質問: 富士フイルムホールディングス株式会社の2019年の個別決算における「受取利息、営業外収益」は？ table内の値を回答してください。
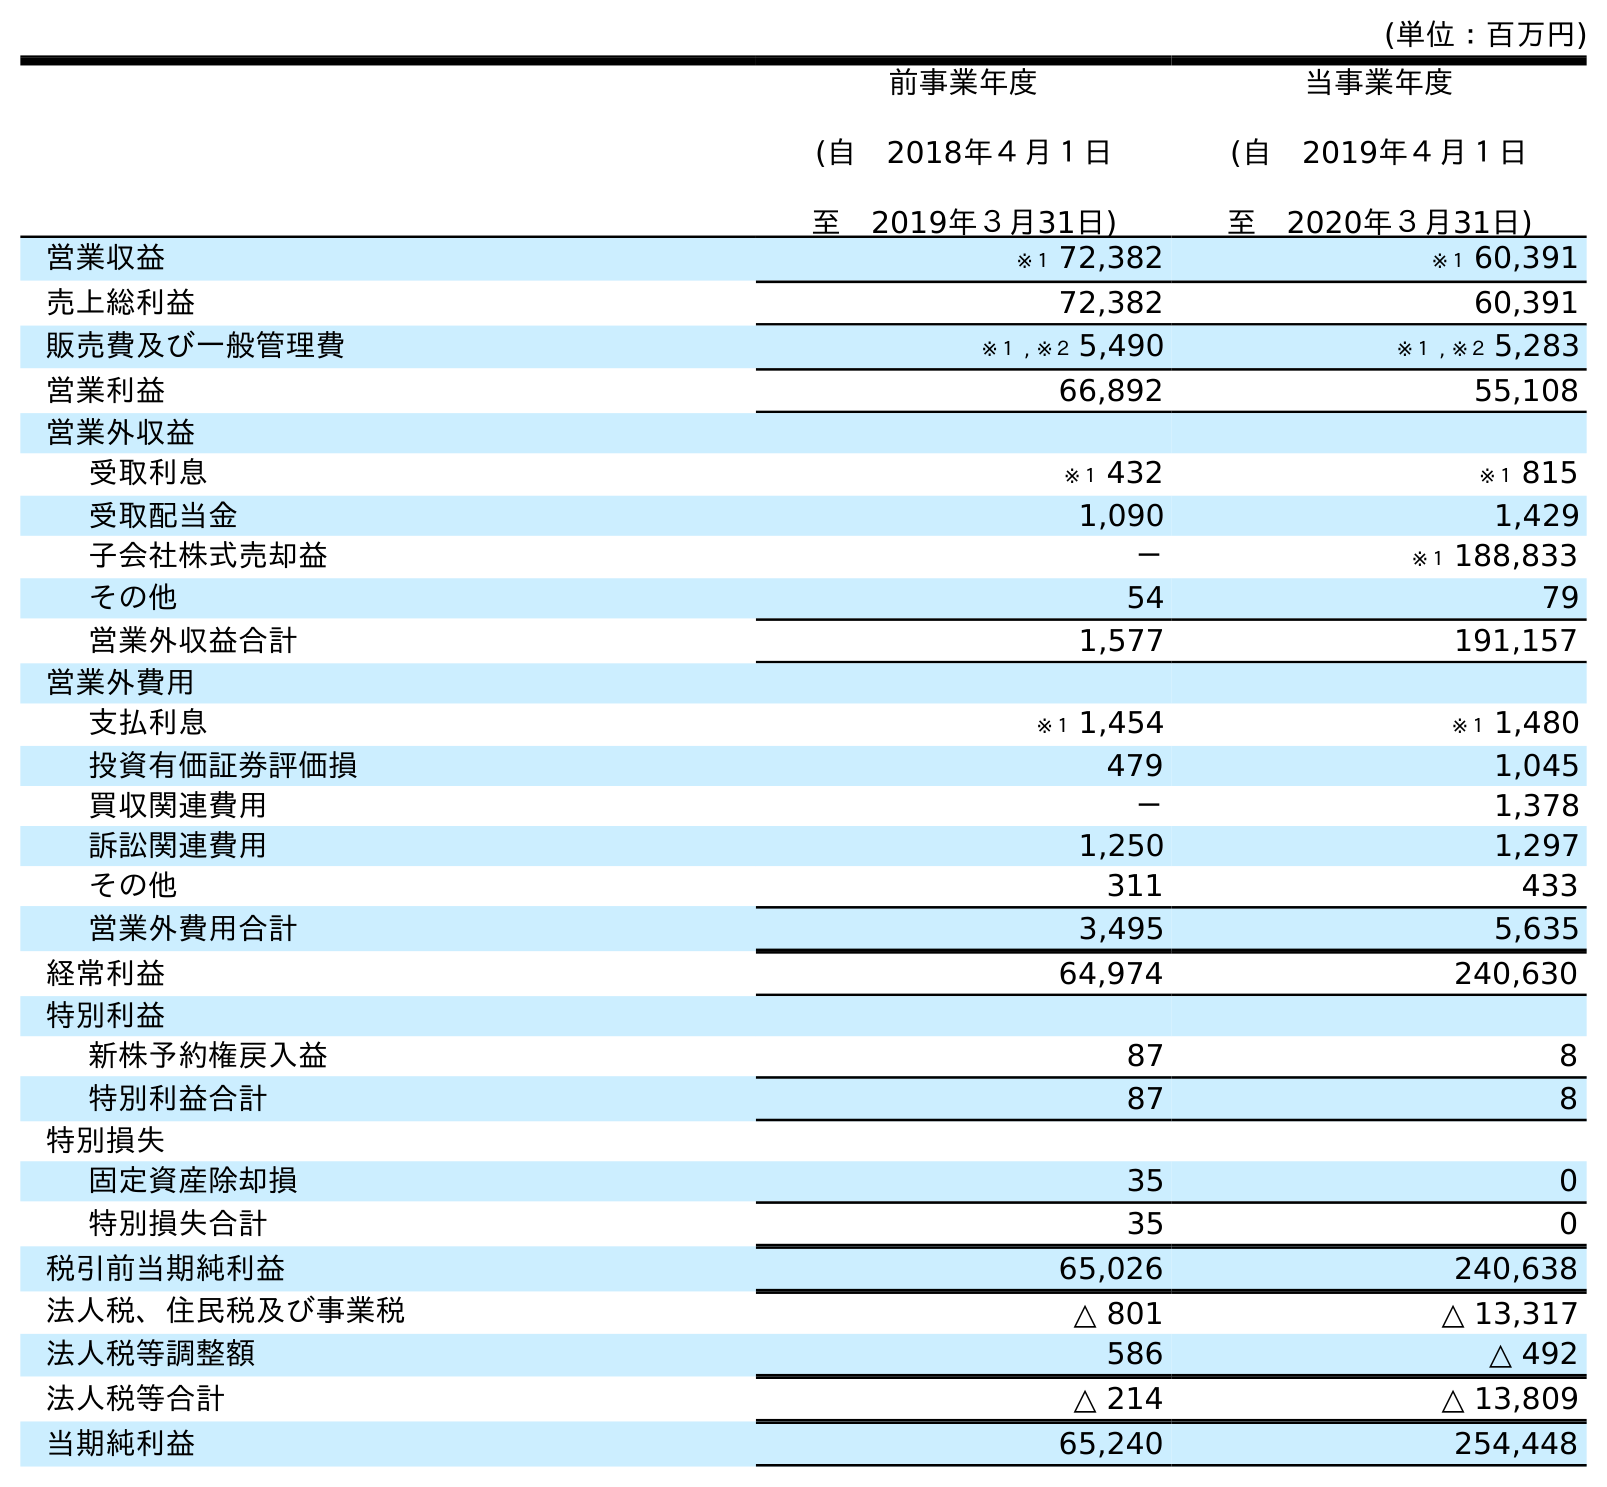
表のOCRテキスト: (単位：百万円) 前事業年度 (自 2018年４月１日 至 2019年３月31日) 当事業年度 (自 2019年４月１日 至 2020年３月31日) 営業収益 ※１ 72,382 ※１ 60,391 売上総利益 72,382 60,391 販売費及び一般管理費 ※１ , ※２ 5,490 ※１ , ※２ 5,283 営業利益 66,892 55,108 営業外収益 受取利息 ※１ 432 ※１ 815 受取配当金 1,090 1,429 子会社株式売却益 － ※１ 188,833 その他 54 79 営業外収益合計 1,577 191,157 営業外費用 支払利息 ※１ 1,454 ※１ 1,480 投資有価証券評価損 479 1,045 買収関連費用 － 1,378 訴訟関連費用 1,250 1,297 その他 311 433 営業外費用合計 3,495 5,635 経常利益 64,974 240,630 特別利益 新株予約権戻入益 87 8 特別利益合計 87 8 特別損失 固定資産除却損 35 0 特別損失合計 35 0 税引前当期純利益 65,026 240,638 法人税、住民税及び事業税 △ 801 △ 13,317 法人税等調整額 586 △ 492 法人税等合計 △ 214 △ 13,809 当期純利益 65,240 254,448
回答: ※１432